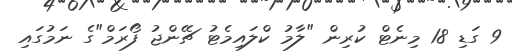
9 ގަޑި 18 މިނެޓް ކުރިން "ލާމު ކްލައިމެޓު ޗޭންޖު ފޯރަމް"ގެ ނަމުގައި